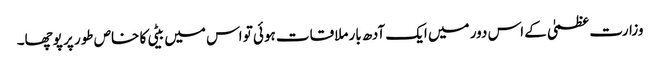
وزارت عظمیٰ کے اس دور میں ایک آدھ بار ملاقات ہوئی تو اس میں بیٹی کا خاص طور پر پوچھا۔